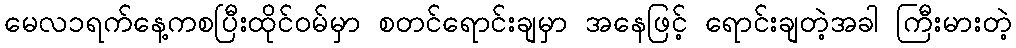
မေလ၁ရက်နေ့ကစပြီးထိုင်ဝမ်မှာ စတင်ရောင်းချမှာ အနေဖြင့် ရောင်းချတဲ့အခါ ကြီးမားတဲ့